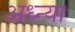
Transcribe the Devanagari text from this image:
अध्न्या